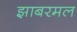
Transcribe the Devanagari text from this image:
झाबरमल